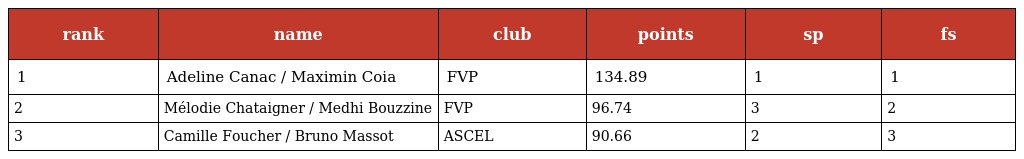
| rank | name | club | points | sp | fs |
 | --- | --- | --- | --- | --- | --- |
 | 1 | Adeline Canac / Maximin Coia | FVP | 134.89 | 1 | 1 |
 | 2 | Mélodie Chataigner / Medhi Bouzzine | FVP | 96.74 | 3 | 2 |
 | 3 | Camille Foucher / Bruno Massot | ASCEL | 90.66 | 2 | 3 |